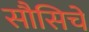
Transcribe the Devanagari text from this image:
सौसिचे